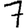
Digit: 7